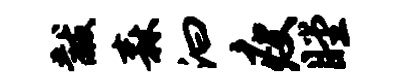
黻森汩瘦瞠